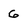
Character: 6